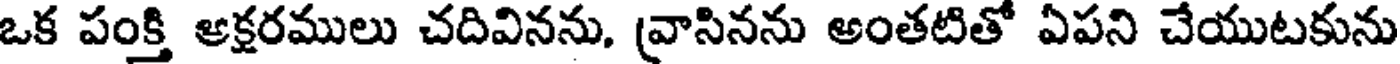
ఒక పంక్తి అక్షరములు చదివినను, వ్రాసినను అంతటితో ఏపని చేయుటకును